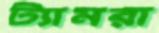
ট্যামরা